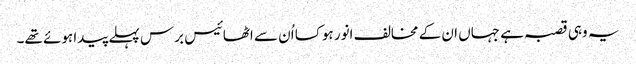
یہ وہی قصبہ ہے جہاں ان کے مخالف انور ہوکسا اُن سے اٹھائیس برس پہلے پیدا ہوئے تھے۔